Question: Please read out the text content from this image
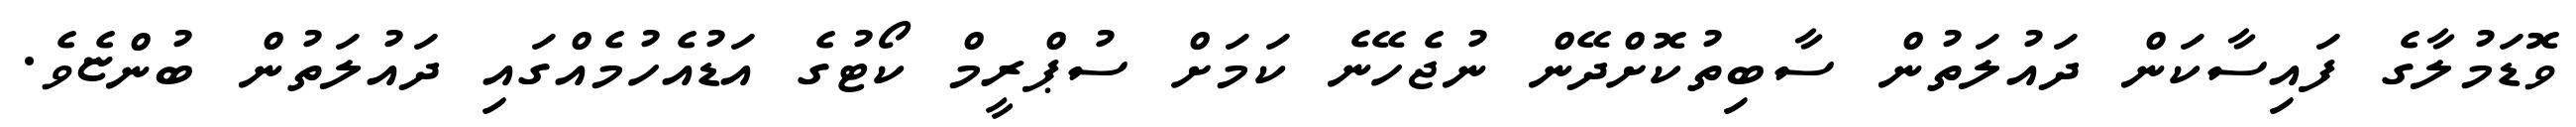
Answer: ވޮޑަމުލާގެ ފައިސާކަން ދައުލަތުން ސާބިތުކޮށްދޭން ނުޖެހޭނެ ކަމަށް ސުޕްރީމް ކޯޓުގެ އަޑުއެހުމެއްގައި ދައުލަތުން ބުންޏެވެ.